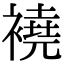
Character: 襓